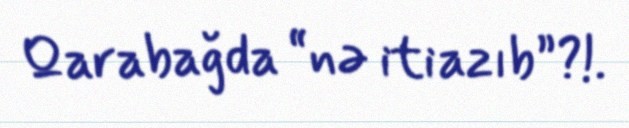
Qarabağda “nə iti azıb”?!.